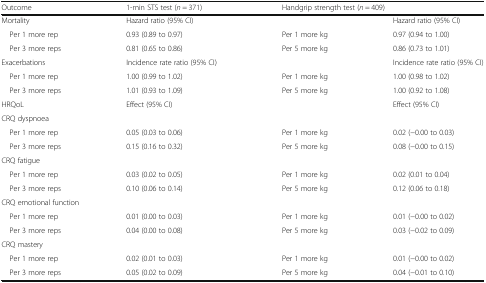
<table><thead><tr><td><b>Outcome</b></td><td><b>1-min STS test (<i>n</i> = 371)</b></td><td colspan="2"><b>Handgrip strength test (<i>n</i> = 409)</b></td></tr></thead><tbody><tr><td>Mortality</td><td>Hazard ratio (95% CI)</td><td></td><td>Hazard ratio (95% CI)</td></tr><tr><td> Per 1 more rep</td><td>0.93 (0.89 to 0.97)</td><td>Per 1 more kg</td><td>0.97 (0.94 to 1.00)</td></tr><tr><td> Per 3 more reps</td><td>0.81 (0.65 to 0.86)</td><td>Per 5 more kg</td><td>0.86 (0.73 to 1.01)</td></tr><tr><td>Exacerbations</td><td>Incidence rate ratio (95% CI)</td><td></td><td>Incidence rate ratio (95% CI)</td></tr><tr><td> Per 1 more rep</td><td>1.00 (0.99 to 1.02)</td><td>Per 1 more kg</td><td>1.00 (0.98 to 1.02)</td></tr><tr><td> Per 3 more reps</td><td>1.01 (0.93 to 1.09)</td><td>Per 5 more kg</td><td>1.00 (0.92 to 1.08)</td></tr><tr><td>HRQoL</td><td>Effect (95% CI)</td><td></td><td>Effect (95% CI)</td></tr><tr><td colspan="4">CRQ dyspnoea</td></tr><tr><td> Per 1 more rep</td><td>0.05 (0.03 to 0.06)</td><td>Per 1 more kg</td><td>0.02 (−0.00 to 0.03)</td></tr><tr><td> Per 3 more reps</td><td>0.15 (0.16 to 0.32)</td><td>Per 5 more kg</td><td>0.08 (−0.00 to 0.15)</td></tr><tr><td colspan="4">CRQ fatigue</td></tr><tr><td> Per 1 more rep</td><td>0.03 (0.02 to 0.05)</td><td>Per 1 more kg</td><td>0.02 (0.01 to 0.04)</td></tr><tr><td> Per 3 more reps</td><td>0.10 (0.06 to 0.14)</td><td>Per 5 more kg</td><td>0.12 (0.06 to 0.18)</td></tr><tr><td colspan="4">CRQ emotional function</td></tr><tr><td> Per 1 more rep</td><td>0.01 (0.00 to 0.03)</td><td>Per 1 more kg</td><td>0.01 (−0.00 to 0.02)</td></tr><tr><td> Per 3 more reps</td><td>0.04 (0.00 to 0.08)</td><td>Per 5 more kg</td><td>0.03 (−0.02 to 0.09)</td></tr><tr><td colspan="4">CRQ mastery</td></tr><tr><td> Per 1 more rep</td><td>0.02 (0.01 to 0.03)</td><td>Per 1 more kg</td><td>0.01 (−0.00 to 0.02)</td></tr><tr><td> Per 3 more reps</td><td>0.05 (0.02 to 0.09)</td><td>Per 5 more kg</td><td>0.04 (−0.01 to 0.10)</td></tr></tbody></table>